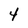
Character: 4